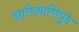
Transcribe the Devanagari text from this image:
झालेआणिपुढे